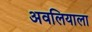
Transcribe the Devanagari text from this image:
अवलियाला